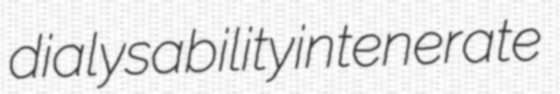
dialysability intenerate